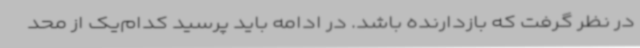
در نظر گرفت که بازدارنده باشد. در ادامه باید پرسید کدام‌یک از محد